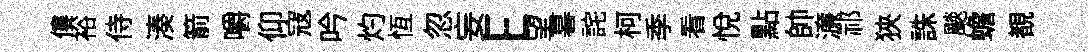
僂裕侍湊箭嚼仰寇吟灼恆忽妄E望暮詫柯季看悦點帥濓祁狹誅颷蟾覩